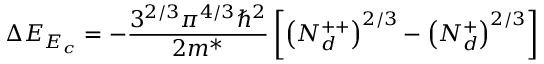
\Delta E _ { E _ { c } } = - \frac { 3 ^ { 2 / 3 } \pi ^ { 4 / 3 } \hbar ^ { 2 } } { 2 m ^ { * } } \left[ \left( N _ { d } ^ { + + } \right) ^ { 2 / 3 } - \left( N _ { d } ^ { + } \right) ^ { 2 / 3 } \right]